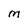
Character: M